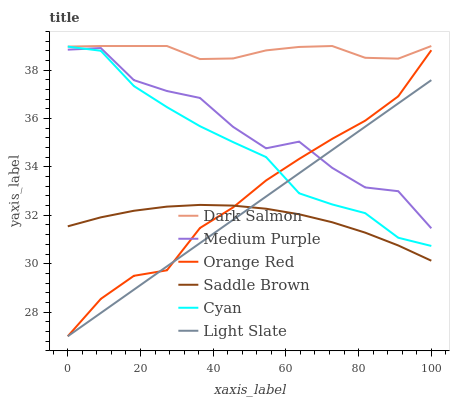
| xaxis_label | Dark Salmon | Medium Purple | Orange Red | Saddle Brown | Cyan | Light Slate |
 | --- | --- | --- | --- | --- | --- | --- |
 | 0 | 39 | 38.8 | 27 | 31.5 | 39 | 27 |
 | 9.09 | 39 | 38.9 | 28.5 | 31.9 | 38.8 | 28 |
 | 18.2 | 39 | 37.6 | 29.5 | 32.2 | 37.3 | 28.9 |
 | 27.3 | 39 | 37.1 | 29.7 | 32.4 | 36.5 | 29.9 |
 | 36.4 | 38.5 | 36.9 | 31.5 | 32.4 | 35.7 | 30.9 |
 | 45.5 | 38.5 | 35.7 | 32.3 | 32.4 | 35 | 31.8 |
 | 54.5 | 38.8 | 34.8 | 33.4 | 32.3 | 34.4 | 32.8 |
 | 63.6 | 39 | 35 | 34.3 | 32 | 32.9 | 33.7 |
 | 72.7 | 39 | 34 | 35.2 | 31.7 | 32.5 | 34.7 |
 | 81.8 | 38.5 | 33.2 | 35.9 | 31.3 | 32.1 | 35.7 |
 | 90.9 | 38.5 | 33 | 36.9 | 30.8 | 31.1 | 36.6 |
 | 100 | 39 | 31.5 | 38.8 | 30.1 | 30.7 | 37.6 |